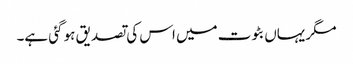
مگر یہاں بٹوت میں اس کی تصدیق ہو گئی ہے۔